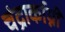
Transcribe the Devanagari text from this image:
चंद्रार्काग्नी